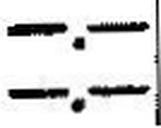
—.—